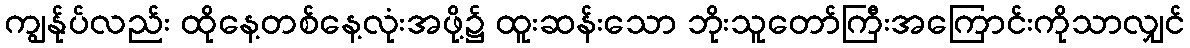
ကျွန်ုပ်လည်း ထိုနေ့တစ်နေ့လုံးအဖို့၌ ထူးဆန်းသော ဘိုးသူတော်ကြီးအကြောင်းကိုသာလျှင်